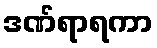
ဒဏ်ရာရကာ